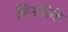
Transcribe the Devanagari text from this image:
बिनबिके